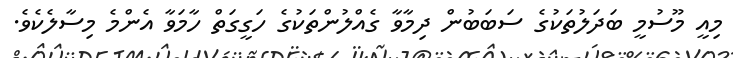
މިއީ މޫސުމީ ބަދަލުތަކުގެ ސަބަބުން ދިމާވާ ގެއްލުންތަކުގެ ހަގީގަތް ހާމަވާ އެންމެ މިސާލެކެވެ.